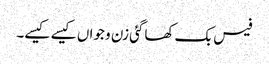
فیس بک کھاگئی زن و جواں کیسے کیسے۔